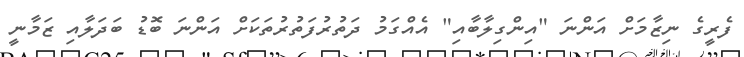
ފެރީގެ ނިޒާމަށް އަންނަ "އިންގިލާބާއި" އެއްގަމު ދަތުރުފަތުރުތަކަށް އަންނަ ބޮޑު ބަދަލާއި ޒަމާނީ